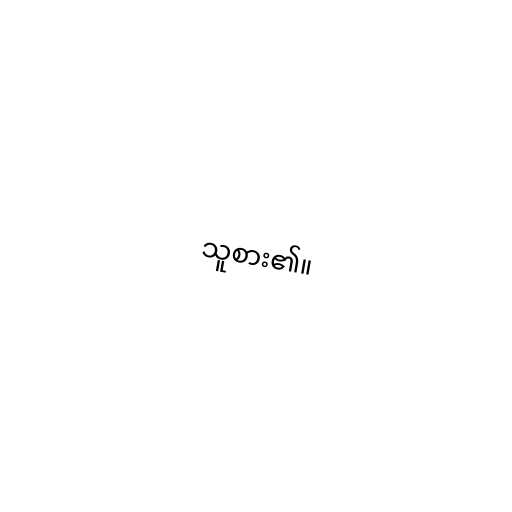
သူစား၏။